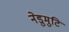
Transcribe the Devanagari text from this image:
नेडुमुटि